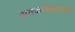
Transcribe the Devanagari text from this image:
अक्कामहादेवी